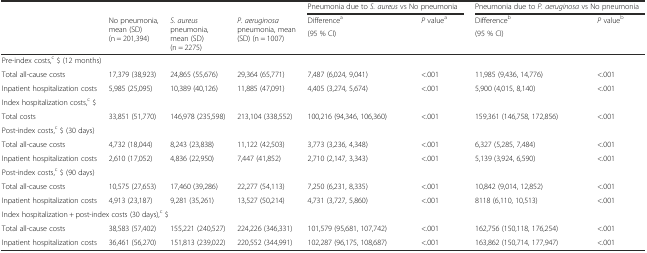
<table><thead><tr><td></td><td></td><td></td><td></td><td colspan="2"><b>Pneumonia due to <i>S. aureus</i> vs No pneumonia</b></td><td colspan="2"><b>Pneumonia due to <i>P. aeruginosa</i> vs No pneumonia</b></td></tr><tr><td rowspan="2"></td><td rowspan="2"><b>No pneumonia, mean (SD) (n = 201,394)</b></td><td rowspan="2"><b><i>S. aureus</i> pneumonia, mean (SD) (n = 2275)</b></td><td rowspan="2"><b><i>P. aeruginosa</i> pneumonia, mean (SD) (n = 1007)</b></td><td><b>Difference<sup>a</sup></b></td><td rowspan="2"><b><i>P</i> value<sup>a</sup></b></td><td><b>Difference<sup>b</sup></b></td><td rowspan="2"><b><i>P</i> value<sup>b</sup></b></td></tr><tr><td><b>(95 % CI)</b></td><td><b>(95 % CI)</b></td></tr></thead><tbody><tr><td colspan="8">Pre-index costs,<sup>c</sup> $ (12 months)</td></tr><tr><td>Total all-cause costs</td><td>17,379 (38,923)</td><td>24,865 (55,676)</td><td>29,364 (65,771)</td><td>7,487 (6,024, 9,041)</td><td>&lt;.001</td><td>11,985 (9,436, 14,776)</td><td>&lt;.001</td></tr><tr><td>Inpatient hospitalization costs</td><td>5,985 (25,095)</td><td>10,389 (40,126)</td><td>11,885 (47,091)</td><td>4,405 (3,274, 5,674)</td><td>&lt;.001</td><td>5,900 (4,015, 8,140)</td><td>&lt;.001</td></tr><tr><td colspan="8">Index hospitalization costs,<sup>c</sup> $</td></tr><tr><td>Total costs</td><td>33,851 (51,770)</td><td>146,978 (235,598)</td><td>213,104 (338,552)</td><td>100,216 (94,346, 106,360)</td><td>&lt;.001</td><td>159,361 (146,758, 172,856)</td><td>&lt;.001</td></tr><tr><td colspan="8">Post-index costs,<sup>c</sup> $ (30 days)</td></tr><tr><td>Total all-cause costs</td><td>4,732 (18,044)</td><td>8,243 (23,838)</td><td>11,122 (42,503)</td><td>3,773 (3,236, 4,348)</td><td>&lt;.001</td><td>6,327 (5,285, 7,484)</td><td>&lt;.001</td></tr><tr><td>Inpatient hospitalization costs</td><td>2,610 (17,052)</td><td>4,836 (22,950)</td><td>7,447 (41,852)</td><td>2,710 (2,147, 3,343)</td><td>&lt;.001</td><td>5,139 (3,924, 6,590)</td><td>&lt;.001</td></tr><tr><td colspan="8">Post-index costs,<sup>c</sup> $ (90 days)</td></tr><tr><td>Total all-cause costs</td><td>10,575 (27,653)</td><td>17,460 (39,286)</td><td>22,277 (54,113)</td><td>7,250 (6,231, 8,335)</td><td>&lt;.001</td><td>10,842 (9,014, 12,852)</td><td>&lt;.001</td></tr><tr><td>Inpatient hospitalization costs</td><td>4,913 (23,187)</td><td>9,281 (35,261)</td><td>13,527 (50,214)</td><td>4,731 (3,727, 5,860)</td><td>&lt;.001</td><td>8118 (6,110, 10,513)</td><td>&lt;.001</td></tr><tr><td colspan="8">Index hospitalization + post-index costs (30 days),<sup>c</sup> $</td></tr><tr><td>Total all-cause costs</td><td>38,583 (57,402)</td><td>155,221 (240,527)</td><td>224,226 (346,331)</td><td>101,579 (95,681, 107,742)</td><td>&lt;.001</td><td>162,756 (150,118, 176,254)</td><td>&lt;.001</td></tr><tr><td>Inpatient hospitalization costs</td><td>36,461 (56,270)</td><td>151,813 (239,022)</td><td>220,552 (344,991)</td><td>102,287 (96,175, 108,687)</td><td>&lt;.001</td><td>163,862 (150,714, 177,947)</td><td>&lt;.001</td></tr></tbody></table>